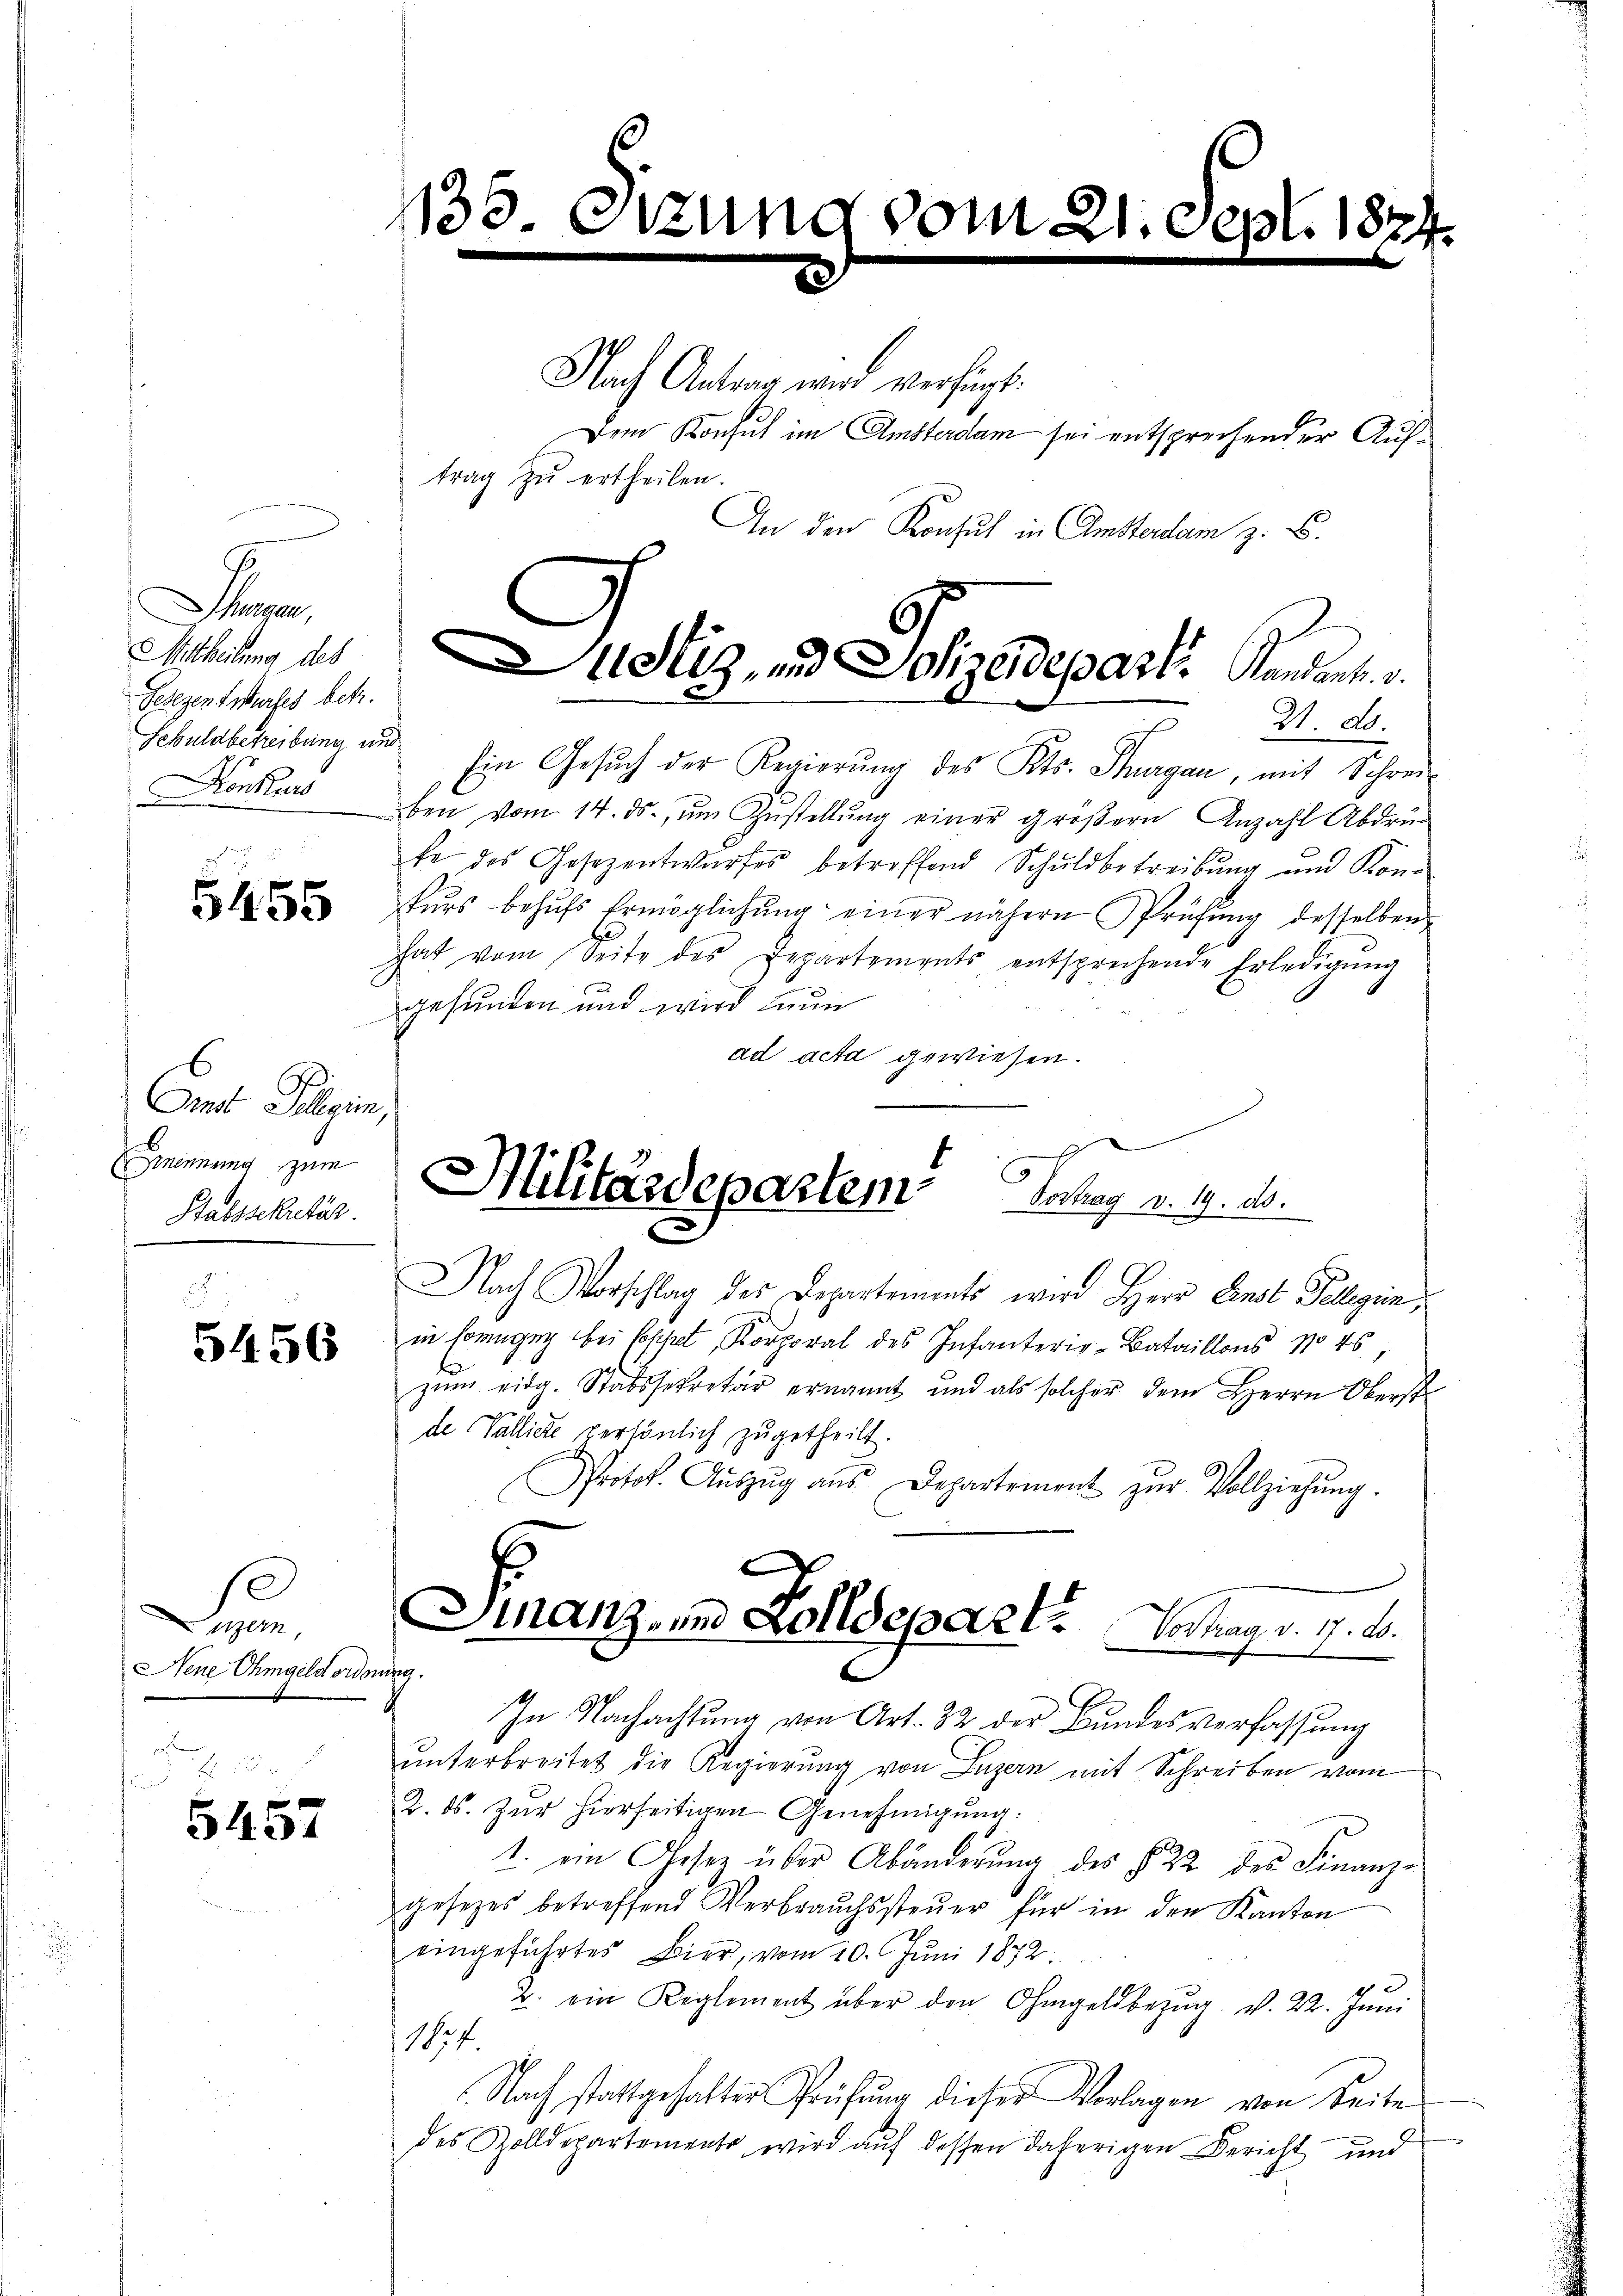
Thausen,
Mittheilung des
Tesezensstrafes betr.
Schuldbetreibung und
Konkurs

5455

Eat Folgen,
mnennung zum
Stabsskutär.

5456

B
Nene Ohmgeld orderung.

5457

135.
n

tzun

Nach Antrag wird verfügt:
Dem Konsul im Amsterdam sei entsprechender Auftrag zŭ ertheilen.

Ein Gesŭch der Regierŭng des Kts. Thurgau, mit Schreiben vom 14. ds. ŭm Zŭstellŭng einer großern Anzahl Abdrüc
te des Gesezentwurfes betreffend Schuldbetreibung und Konfürs behŭfs Ermöglichŭng einer nähern Prüfung desselben
hat vom Seite des Departements entsprechende Erledigŭng
gesunden und wird nun
ad acta gewiesen.

Nach Vorschlag des Departements wird Herr Ernst Telegien,
in Ereigen bei Erschet, Korporal des Infanterie-Bataillons No 45,
zum eidg. Stabssekretär ernannt und als solcher dem Herrn Oberst
de Valliere persönlich zugetheilt.
Protok. Aŭszŭg aŭs Departement zŭr Vollziehŭng.
In Nachachtung von Art. 32 der Bundesverfassung
unterbreitet die Regierung von Luzern mit Schreiben vom
2. ds. Zur hierseitigen Genehmigung:
1. ein Gesetz über Abänderŭng des § 22 des Finanz-
gesezes betreffend Verbrauchssteuer für in den Kanton
eingeführtes Bier, vom 10. Jŭni 1872:
2. ein Reglement über den Ohmgeldbezŭg. v. 22. Jŭni
117
Nach stattgehalter Prüfŭng dieser Vorlagen von Seite
des Zolldepartements wird auf dessen daherigen Bericht und

ept. 187

An den Konsul in Amsterdam z. B.

ustiz und Sohnedeparti Ander
21. d.

Militärdepartem Hochag v. 4. d.

Finanz, in Folldepart. Vortrag v. 7. B.
C